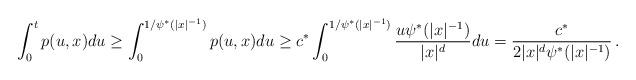
LaTeX: \begin{align*}\int_0^t p(u,x)du\geq \int_0^{1/\psi^*(|x|^{-1})} p(u,x)du\geq c^* \int_0^{1/\psi^*(|x|^{-1})} \frac{u \psi^*(|x|^{-1})}{|x|^d}du= \frac{c^*}{2|x|^d \psi^*(|x|^{-1})}\,.\end{align*}